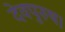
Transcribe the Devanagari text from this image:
देवपुरुष।